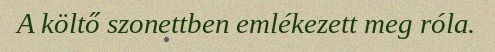
A költő szonettben emlékezett meg róla.